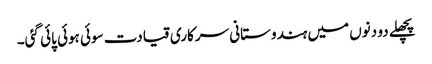
پچھلے دو دنوں میں ہندوستانی سرکاری قیادت سوئی ہوئی پائی گئی۔